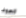
الصوف